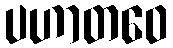
ပဟာတဝေ